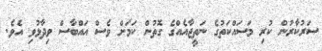
ސަރުކާރުން ކުރި މަސައްކަތުގެ ނަތީޖާއެއްގެ ގޮތުން ކަމަށް ވެސް އައްބާސް ވިދާޅުވި އެވެ.